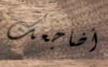
أضاجعك